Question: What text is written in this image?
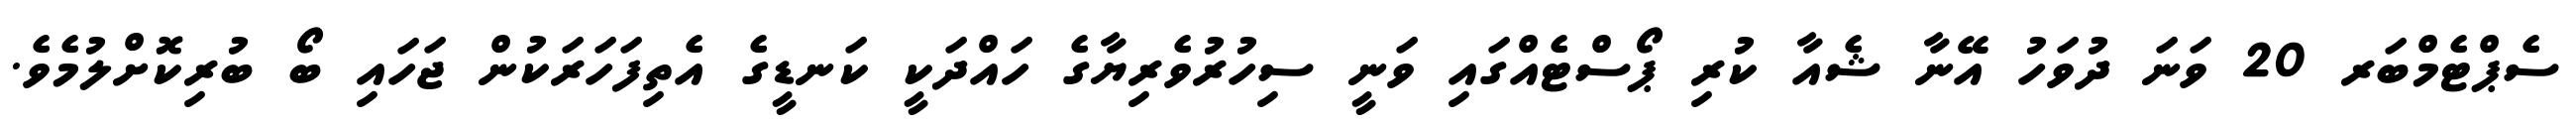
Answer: ސެޕްޓެމްބަރ 20 ވަނަ ދުވަހު އޭނާ ޝެއާ ކުރި ޕޯސްޓެއްގައި ވަނީ ސިހުރުވެރިޔާގެ ހައްދަކީ ކަނޑީގެ އެތިފަހަރަކުން ޖަހައި ބޯ ބުރިކޮށްލުމެވެ.